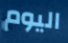
اليوم